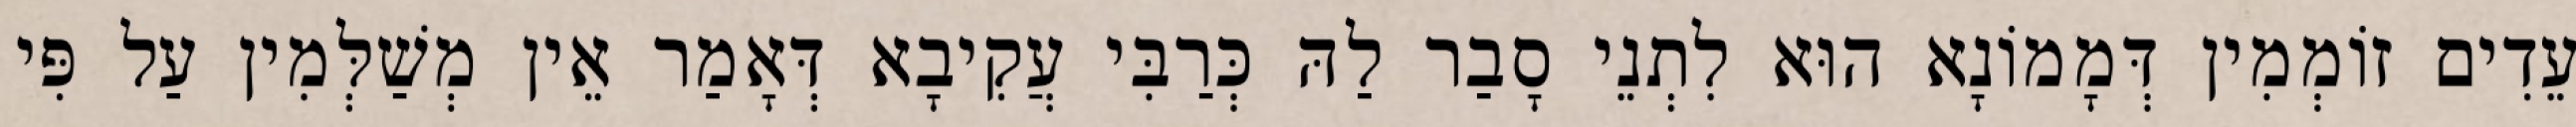
עֵדִים זוֹמְמִין דְּמָמוֹנָא הוּא לִתְנֵי סָבַר לַהּ כְּרַבִּי עֲקִיבָא דְּאָמַר אֵין מְשַׁלְּמִין עַל פִּי